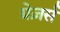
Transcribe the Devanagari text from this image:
ग्रेज़र्स